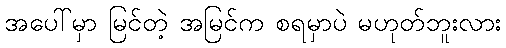
အပေါ်မှာ မြင်တဲ့ အမြင်က စရမှာပဲ မဟုတ်ဘူးလား